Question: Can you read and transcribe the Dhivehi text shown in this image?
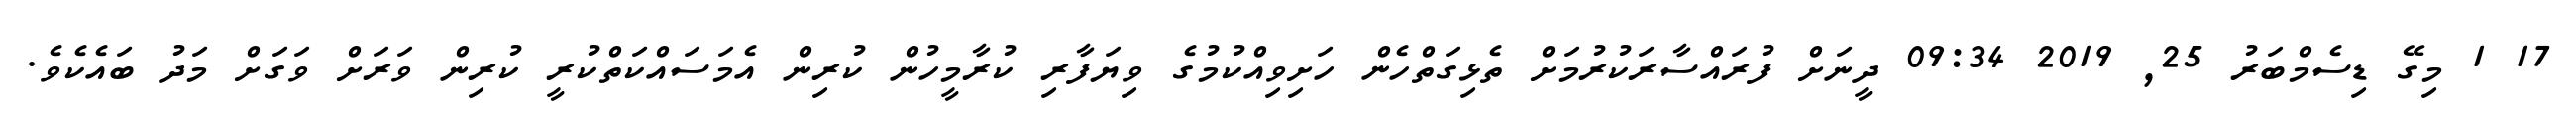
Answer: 17 1 މިގޭ ޑިސެމްބަރު 25, 2019 09:34 ދީނަށް ފުރައްސާރަކުރުމަށް ތެޅިގަތްހެން ހަށިވިއްކުމުގެ ވިޔަފާރި ކުރާމީހުން ކުރިން އެމަސައްކަތްކުރީ ކުރިން ވަރަށް ވަގަށް މަދު ބައެކެވެ.